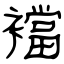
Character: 襠